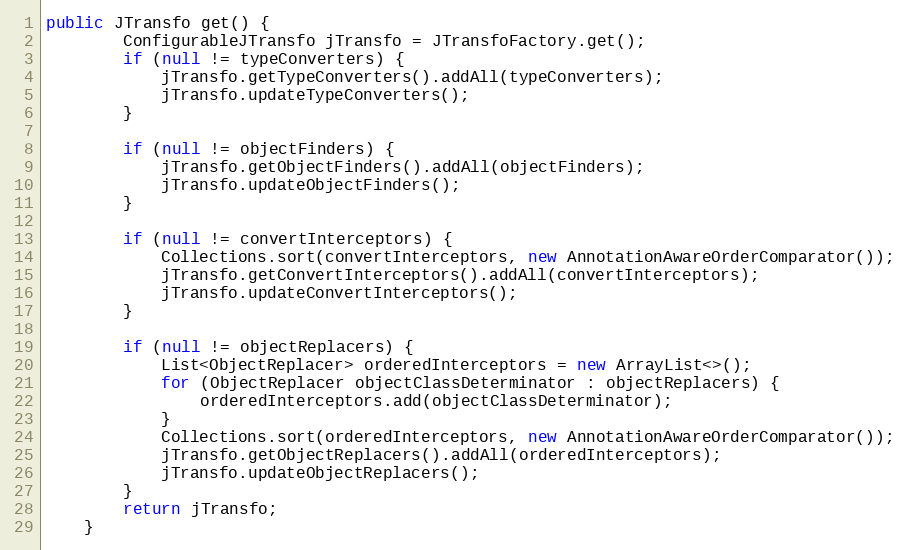
Language: Java
public JTransfo get() {
        ConfigurableJTransfo jTransfo = JTransfoFactory.get();
        if (null != typeConverters) {
            jTransfo.getTypeConverters().addAll(typeConverters);
            jTransfo.updateTypeConverters();
        }

        if (null != objectFinders) {
            jTransfo.getObjectFinders().addAll(objectFinders);
            jTransfo.updateObjectFinders();
        }

        if (null != convertInterceptors) {
            Collections.sort(convertInterceptors, new AnnotationAwareOrderComparator());
            jTransfo.getConvertInterceptors().addAll(convertInterceptors);
            jTransfo.updateConvertInterceptors();
        }

        if (null != objectReplacers) {
            List<ObjectReplacer> orderedInterceptors = new ArrayList<>();
            for (ObjectReplacer objectClassDeterminator : objectReplacers) {
                orderedInterceptors.add(objectClassDeterminator);
            }
            Collections.sort(orderedInterceptors, new AnnotationAwareOrderComparator());
            jTransfo.getObjectReplacers().addAll(orderedInterceptors);
            jTransfo.updateObjectReplacers();
        }
        return jTransfo;
    }